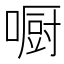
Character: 𠾇